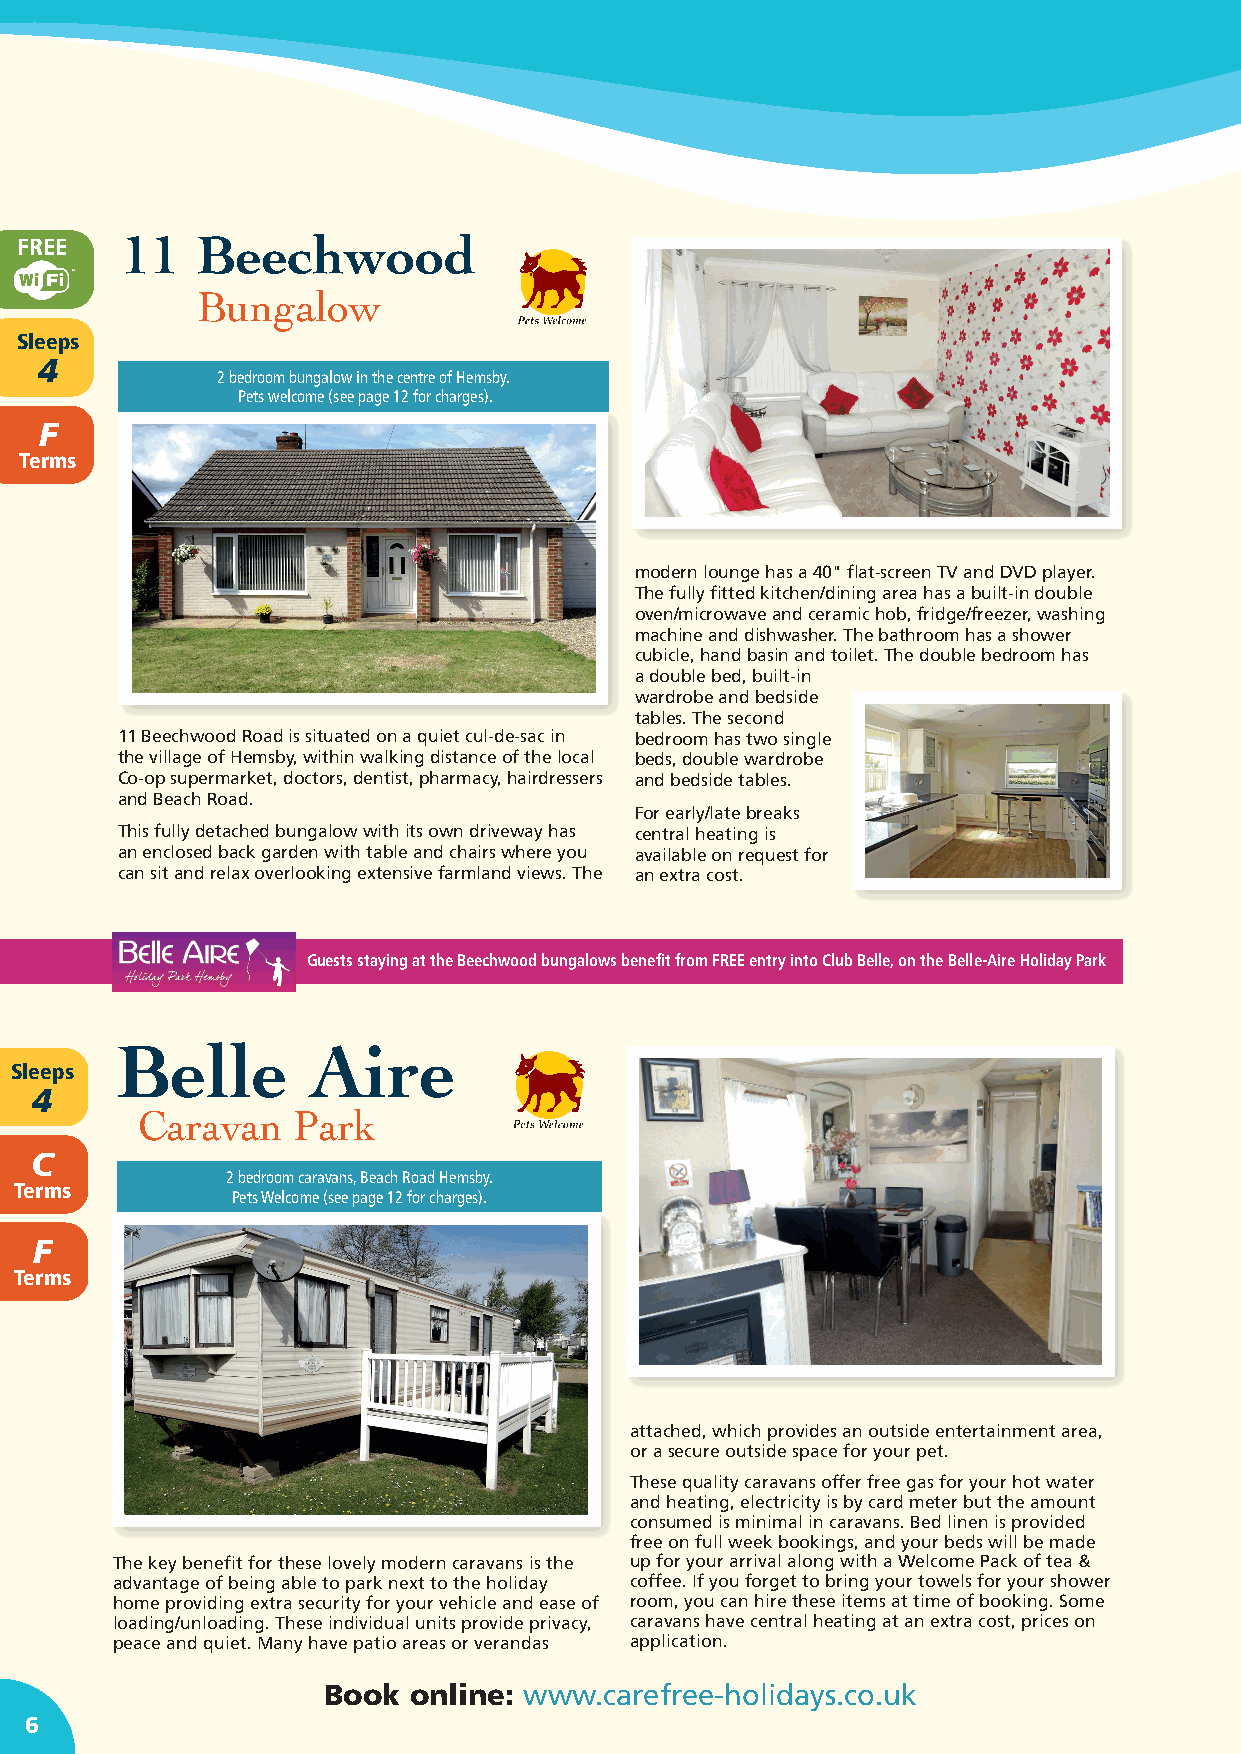
FREE   11   Beechwood
 Sleeps
 2
 Bungalow
 Sleeps                                                                             A
 4                                                                               Terms
 2 bedroom bungalow in the centre of Hemsby.
 Pets welcome (see page 12 for charges).
 F
 Sleeps
 Terms
 4
 C
 Terms
 modern lounge has a 40" flat-screen TV and DVD player.
 The fully fitted kitchen/dining area has a built-in double
 oven/microwave and ceramic hob, fridge/freezer, washing
 machine and dishwasher. The bathroom has a shower
 Sleeps
 cubicle, hand basin and toilet. The double bedroom has
 6
 a double bed, built-in
 wardrobe and bedside
 tables. The second
 E
 11 Beechwood Road is situated on a quiet cul-de-sac in bedroom has two single
 the village of Hemsby, within walking distance of the local beds, double wardrobe Terms
 Co-op supermarket, doctors, dentist, pharmacy, hairdressers and bedside tables.
 and Beach Road.
 For early/late breaks
 This fully detached bungalow with its own driveway has central heating is
 an enclosed back garden with table and chairs where you available on request for
 can sit and relax overlooking extensive farmland views. The an extra cost.
 Guests staying at the Beechwood bungalows benefit from FREE entry into Club Belle, on the Belle-Aire Holiday Park
 Belle        Aire
 Sleeps
 4
 Caravan   Park
 C
 2 bedroom caravans, Beach Road Hemsby.
 Terms
 Pets Welcome (see page 12 for charges).
 F
 Terms
 attached, which provides an outside entertainment area,
 or a secure outside space for your pet.
 These quality caravans offer free gas for your hot water
 and heating, electricity is by card meter but the amount
 consumed is minimal in caravans. Bed linen is provided
 free on full week bookings, and your beds will be made
 The key benefit for these lovely modern caravans is the up for your arrival along with a Welcome Pack of tea &
 advantage of being able to park next to the holiday coffee. If you forget to bring your towels for your shower
 home providing extra security for your vehicle and ease of room, you can hire these items at time of booking. Some
 loading/unloading. These individual units provide privacy, caravans have central heating at an extra cost, prices on
 peace and quiet. Many have patio areas or verandas application.
 Book  online: www.carefree-holidays.co.uk
 6